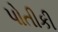
પોતીકી